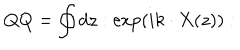
LaTeX: Q Q = \oint d z : \exp \left( i k \cdot X ( z ) \right) :